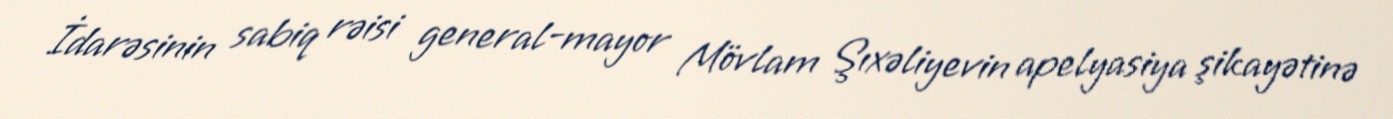
İdarəsinin sabiq rəisi general-mayor Mövlam Şıxəliyevin apelyasiya şikayətinə